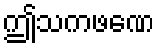
ဤသကဖဏေ